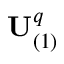
\mathbf { U } _ { ( 1 ) } ^ { q }